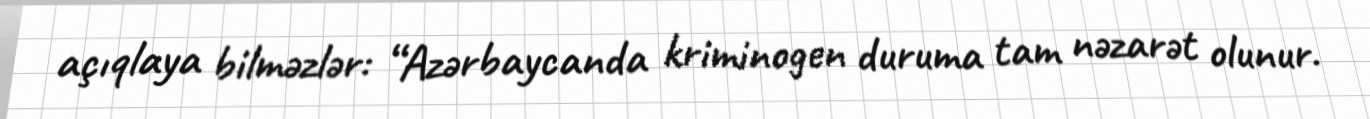
açıqlaya bilməzlər: “Azərbaycanda kriminogen duruma tam nəzarət olunur.